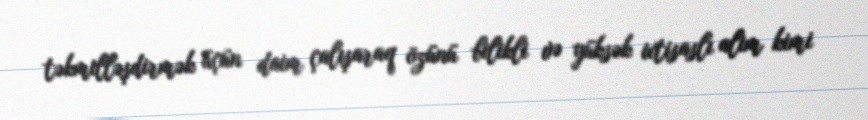
təkmilləşdirmək üçün daim çalışaraq özünü bilikli və yüksək ixtisaslı alim kimi